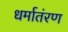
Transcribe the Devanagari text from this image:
धर्मातंरण